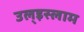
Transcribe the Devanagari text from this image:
उल्‌इस्लाम